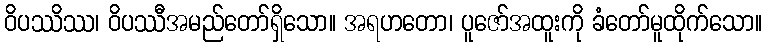
ဝိပဿိဿ၊ ဝိပဿီအမည်တော်ရှိသော။ အရဟတော၊ ပူဇော်အထူးကို ခံတော်မူထိုက်သော။